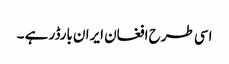
اسی طرح افغان ایران بارڈر ہے ۔